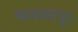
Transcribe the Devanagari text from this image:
कमळापूर